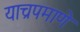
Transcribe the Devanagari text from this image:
याच्रपमाणे